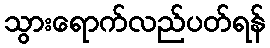
သွားရောက်လည်ပတ်ရန်